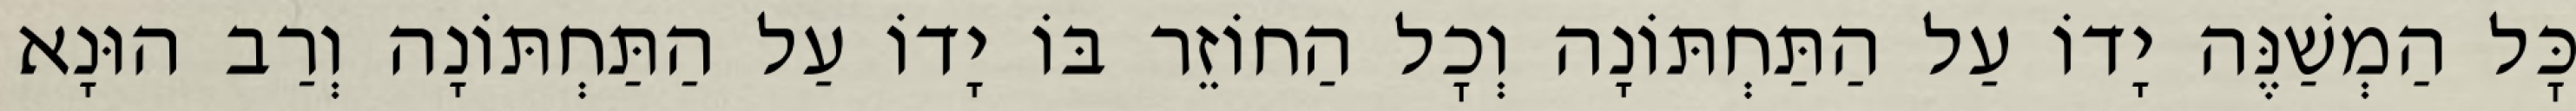
כׇּל הַמְשַׁנֶּה יָדוֹ עַל הַתַּחְתּוֹנָה וְכׇל הַחוֹזֵר בּוֹ יָדוֹ עַל הַתַּחְתּוֹנָה וְרַב הוּנָא